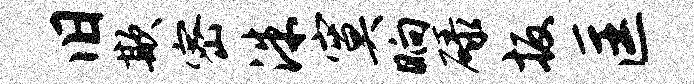
旧欺密洙寞晌碌扳匡